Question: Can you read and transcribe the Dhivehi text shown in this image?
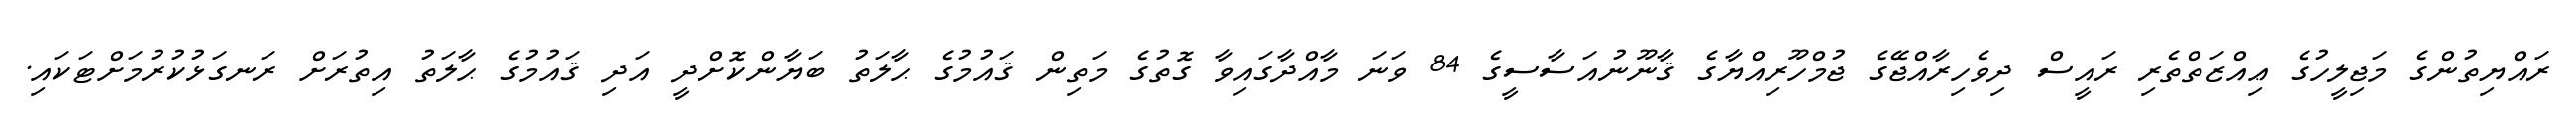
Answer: ރައްޔިތުންގެ މަޖިލީހުގެ ޢިއްޒަތްތެރި ރައީސް ދިވެހިރާއްޖޭގެ ޖުމްހޫރިއްޔާގެ ޤާނޫނުއަސާސީގެ 84 ވަނަ މާއްދާގައިވާ ގޮތުގެ މަތިން ޤައުމުގެ ޙާލަތު ބަޔާންކޮށްދީ އަދި ޤައުމުގެ ޙާލަތު އިތުރަށް ރަނގަޅުކުރުމަށްޓަކައި.